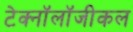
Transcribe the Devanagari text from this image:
टेक्नॉलॉजीकल